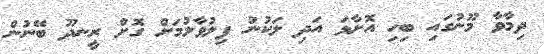
ދިމާވާ މޫނުގައި ބިހި އޮށާޅަ އަދި ލަކުނު ފިލުވާލުމަށް ގޮށް ރީނދޫ ބޭނުން